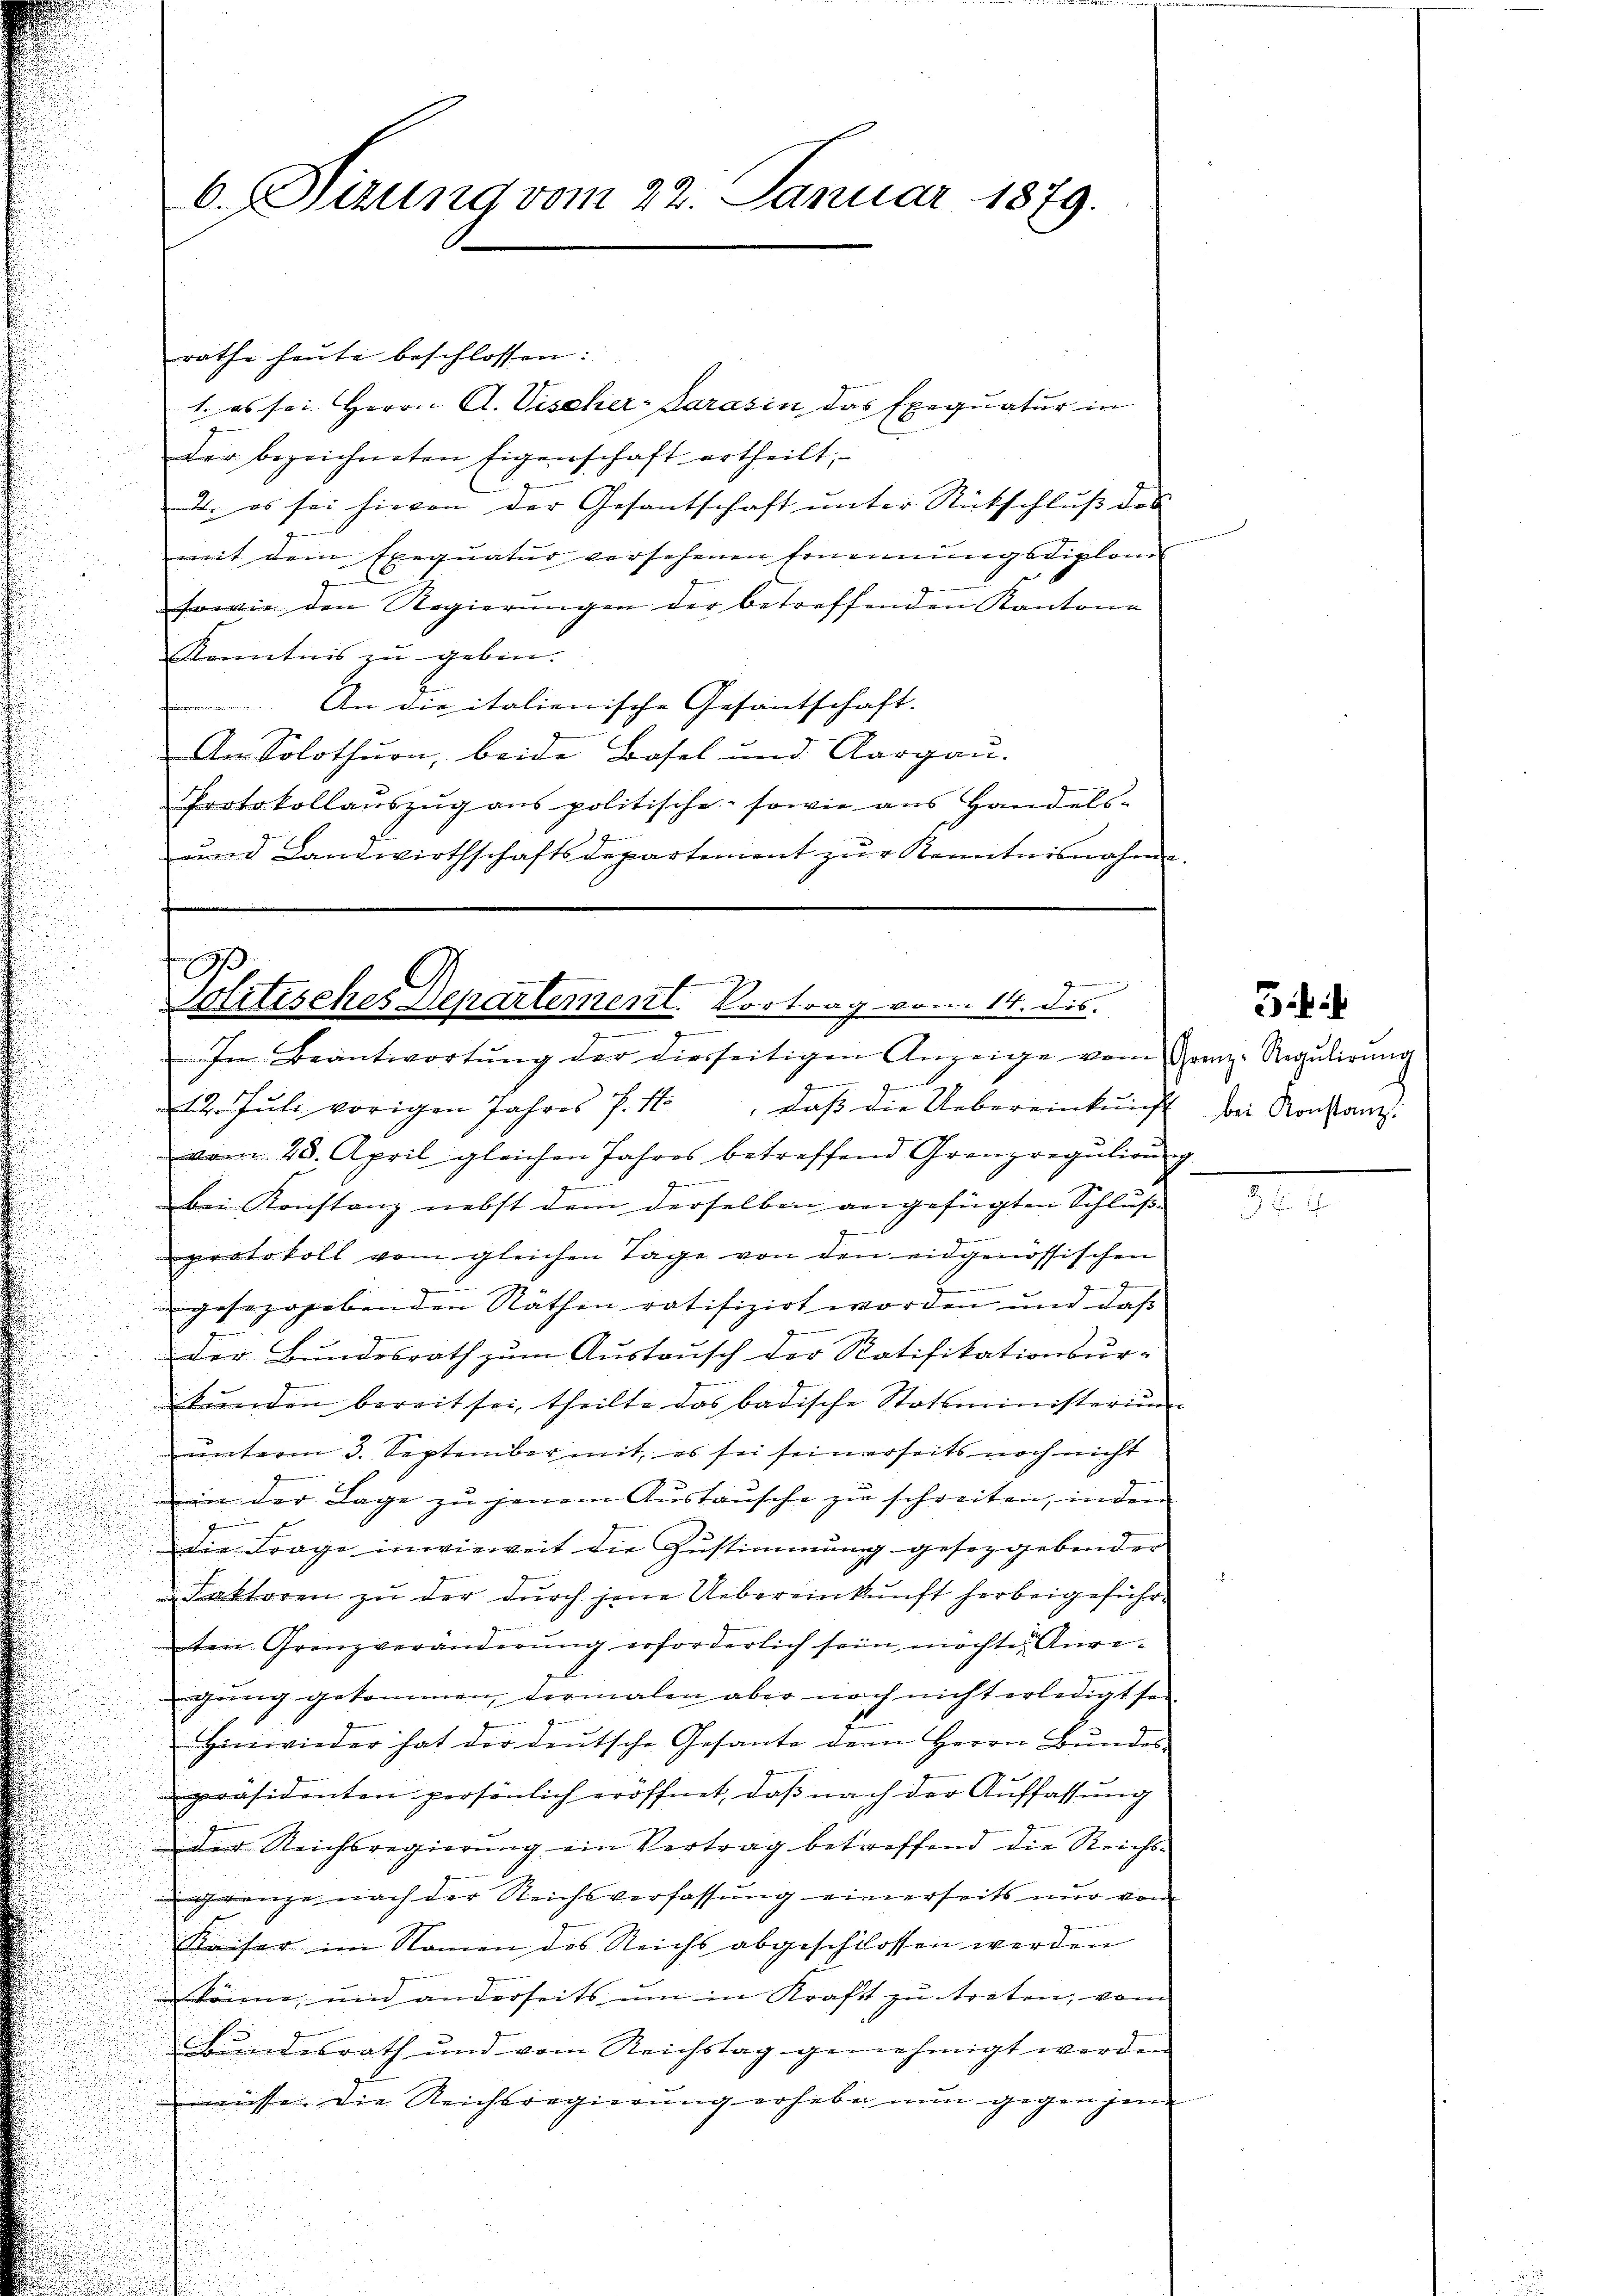
6. Sirung vom 22. Januar 1879.

rathe heute beschlossen:
1. es sei. Herrn A. Vischer-Sarasin das Exequatur in
der bezeichneten Eigenschaft ertheilt,
2. es sei hievon der Gesantschaft ŭnter Rückschlŭβ des
mit dem Exequatur versehenen Ernennungsdiplom
sowie den Regierungen der betreffenden Kantone
Kenntnis zu geben.
An die italienische Gesantschaft.
An Solothurn, beide Basel und Aargau.
Protokollaŭszŭg ans politische sowie ans Handels-
ŭnd Landwirthschaftsdepartement zŭr Kenntnisnahme.

Politisches Departement. Vortrag vom 14. dis.

In Beantwortŭng der hierseitigen Anzeige vom Graz- Regulirung
t
gent
22. Jŭli vorigen Jahres P. M., daβ die Uebereinkunft bei Konstanz:
vom 28. April gleichen Jahres betreffend Grenzregulien
z
zu
bei Konstanz nebst dem derselben angefügten Schluß
protokoll vom gleichen Tage von den eidgenössischen
t
e
gesezegebenden Räthen ratifizirt worden und daß
der Bundesrath zum Austausch der Ratifikationsur-
bŭnden bereit sei, theilte das badische Statsministerium
unterm 3. September mit, es sei seinerseits noch nicht
in der Lage zŭ jenem Aŭstaŭsche zu schreiten, inden
die Frage invieweit die Zustimmung gesetzgebender
Faktoren zu der durch jene Uebereinkunft herbeigeführten Grenzveränderung erforderlich sein möchte Anreigung gekommen, dermalen aber noch nicht erledigt sei
Hinwieder hat der deutsche Gesante dem Herrn Bundes
präsidenten persönlich eröffnet, daß nach der Auffassung
der Reichsregierung ein Vertrag betreffend die Reichs-
grenze nach der Reichsverfassung einerseits nur von
Kaiser im Namen des Reichs abgeschlossen werden
könne, und anderseits um in Kraft zu treten, vom
Bundesrath und vom Reichstag genehmigt worden
müsse. Die Reichsregierung erhabe nun gegen jene

i